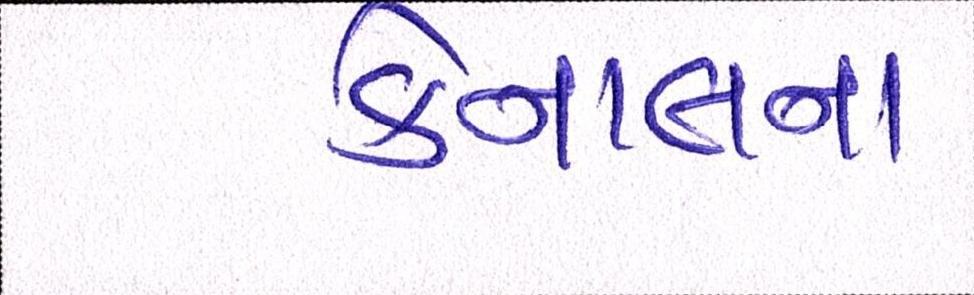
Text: કેનાલના